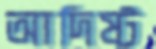
আদিষ্ট